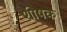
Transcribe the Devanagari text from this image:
शीषक